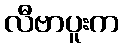
လီဗာပူးက